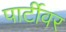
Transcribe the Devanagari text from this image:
पार्टीवर